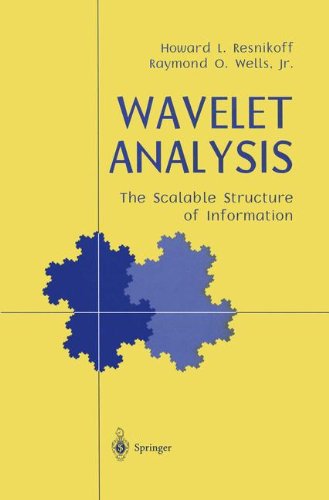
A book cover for Wavelet Analysis: The Scalable Structure of Information; Howard L. Resnikoff; Science & Math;